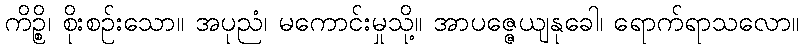
ကိဉ္စိ၊ စိုးစဉ်းသော။ အပုညံ၊ မကောင်းမှုသို့။ အာပဇ္ဇေယျနုခေါ၊ ရောက်ရာသလော။